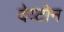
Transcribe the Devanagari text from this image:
देय्टोन